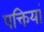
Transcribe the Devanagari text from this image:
पक्तियां